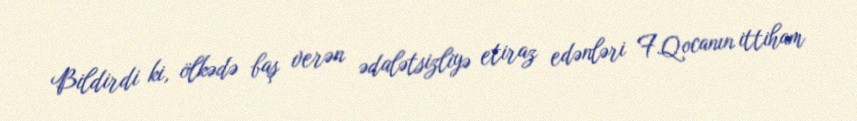
Bildirdi ki, ölkədə baş verən ədalətsizliyə etiraz edənləri F.Qocanın ittiham